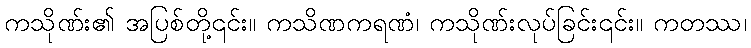
ကသိုဏ်း၏ အပြစ်တို့၎င်း။ ကသိဏကရဏံ၊ ကသိုဏ်းလုပ်ခြင်း၎င်း။ ကတဿ၊